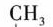
CH_{3}